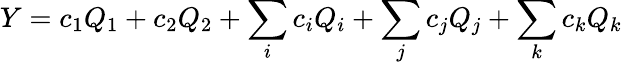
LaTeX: Y=c_{1}Q_{1}+c_{2}Q_{2}+\sum_{i}c_{i}Q_{i}+\sum_{j}c_{j}Q_{j}+\sum_{k}c_{k}Q_{k}